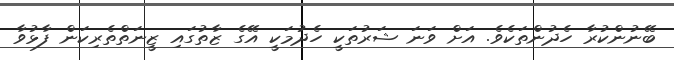
ބޭނުންކުރާ ހެދުންތަކެވެ. އަށް ވަނަ ޝަރުތަކީ ހެދުމަކީ އޭގެ ޒާތުގައި ޒީނަތްތެރިކަން ފާޅުވާ